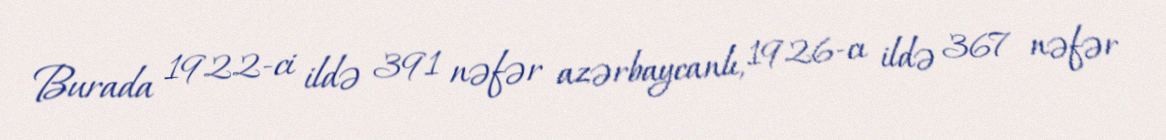
Burada 1922-ci ildə 391 nəfər azərbaycanlı, 1926-cı ildə 367 nəfər